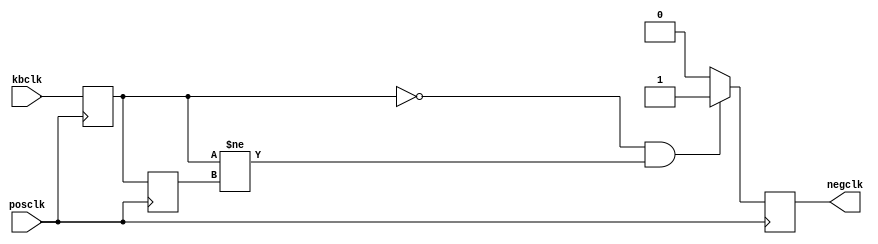
`timescale 1ns / 1ps
//////////////////////////////////////////////////////////////////////////////////
// Company: 
// Engineer: 
// 
// Design Name: 
// Module Name: neg_clk
// Project Name: 
// Target Devices: 
// Tool Versions: 
// Description: 
// 
// Dependencies: 
// 
// Revision:
// Revision 0.01 - File Created
// Additional Comments:
// 
//////////////////////////////////////////////////////////////////////////////////


module neg_clk (input posclk,input kbclk, output reg negclk);
reg current_value=1'b0;
    reg previous_value=1'b0;
   
    
    
    
    always@ (posedge posclk)
       begin
       current_value<=kbclk ;
         if (current_value==0 & current_value!=previous_value) 
            
            negclk <= 1'b1;
            
         else
            
             negclk <= 1'b0;
             
        previous_value<=current_value;
      end
      
endmodule